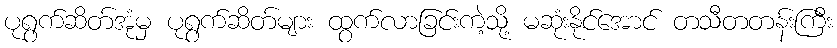
ပုရွက်ဆိတ်အုံမှ ပုရွက်ဆိတ်များ ထွက်လာခြင်းကဲ့သို့ မဆုံးနိုင်အောင် တသီတတန်းကြီး